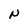
Character: N